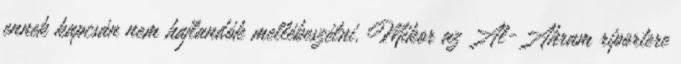
ennek kapcsán nem hajlandók mellébeszélni. Mikor az Al-Ahram riportere